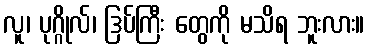
လူ၊ ပုဂ္ဂိုလ်၊ ဒြပ်ကြီး တွေကို မသိရ ဘူးလား။